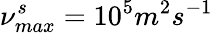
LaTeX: \nu_{max}^{s}=10^{5}m^{2}s^{-1}